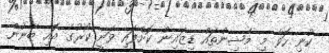
ކުނި ހޮވާ މި މެޝިންތައް ޑިޒައިން ކޮށްފައި ވަނީ ކޯރުގެ އޮއި ބޭނުން